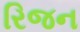
રિજન